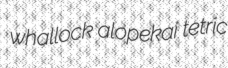
whallock alopekai tetric